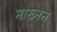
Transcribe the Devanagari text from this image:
माख्नन